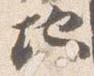
地